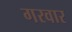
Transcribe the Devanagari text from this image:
गरवार